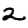
Digit: 2